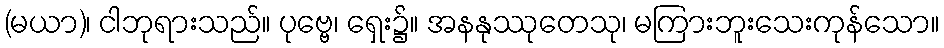
(မယာ)၊ ငါဘုရားသည်။ ပုဗ္ဗေ၊ ရှေး၌။ အနနုဿုတေသု၊ မကြားဘူးသေးကုန်သော။